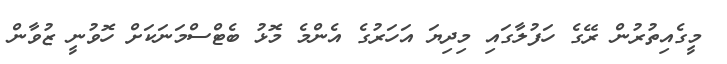
މީގެއިތުރުން ރޭގެ ހަފުލާގައި މިދިޔަ އަހަރުގެ އެންމެ މޮޅު ބެޓްސްމަނަކަށް ހޮވުނީ ޒުވާން